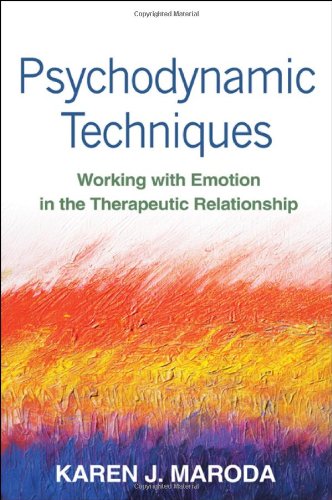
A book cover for Psychodynamic Techniques: Working with Emotion in the Therapeutic Relationship; Karen J. Maroda PhD  ABPP; Medical Books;